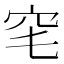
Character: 𥤭